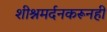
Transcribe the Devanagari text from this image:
शीश्नमर्दनकरूनही